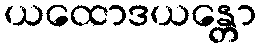
ယထောဒယန္တော